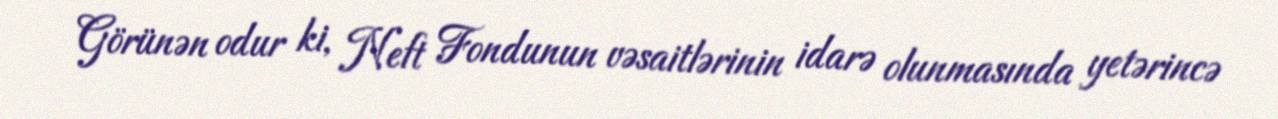
Görünən odur ki, Neft Fondunun vəsaitlərinin idarə olunmasında yetərincə